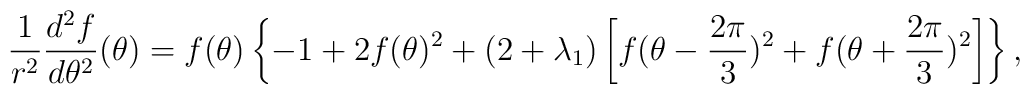
\frac{1}{r^{2}} \frac{d^{2}f}{d\theta^{2}}(\theta)= f(\theta) \left\{    -1 + 2 f(\theta)^{2} + (2 + \lambda_{1}) \left[    f(\theta - \frac{2\pi}{3})^{2} + f(\theta + \frac{2\pi}{3})^{2}     \right] \right\},